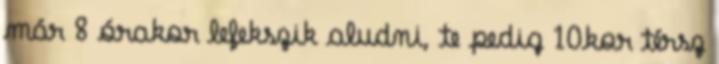
már 8 órakor lefekszik aludni, te pedig 10kor térsz